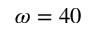
\omega = 4 0